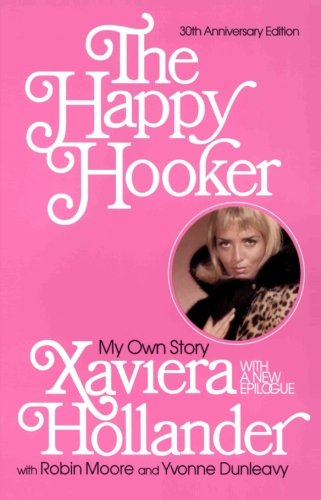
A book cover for The Happy Hooker: My Own Story; Xaviera Hollander; Biographies & Memoirs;